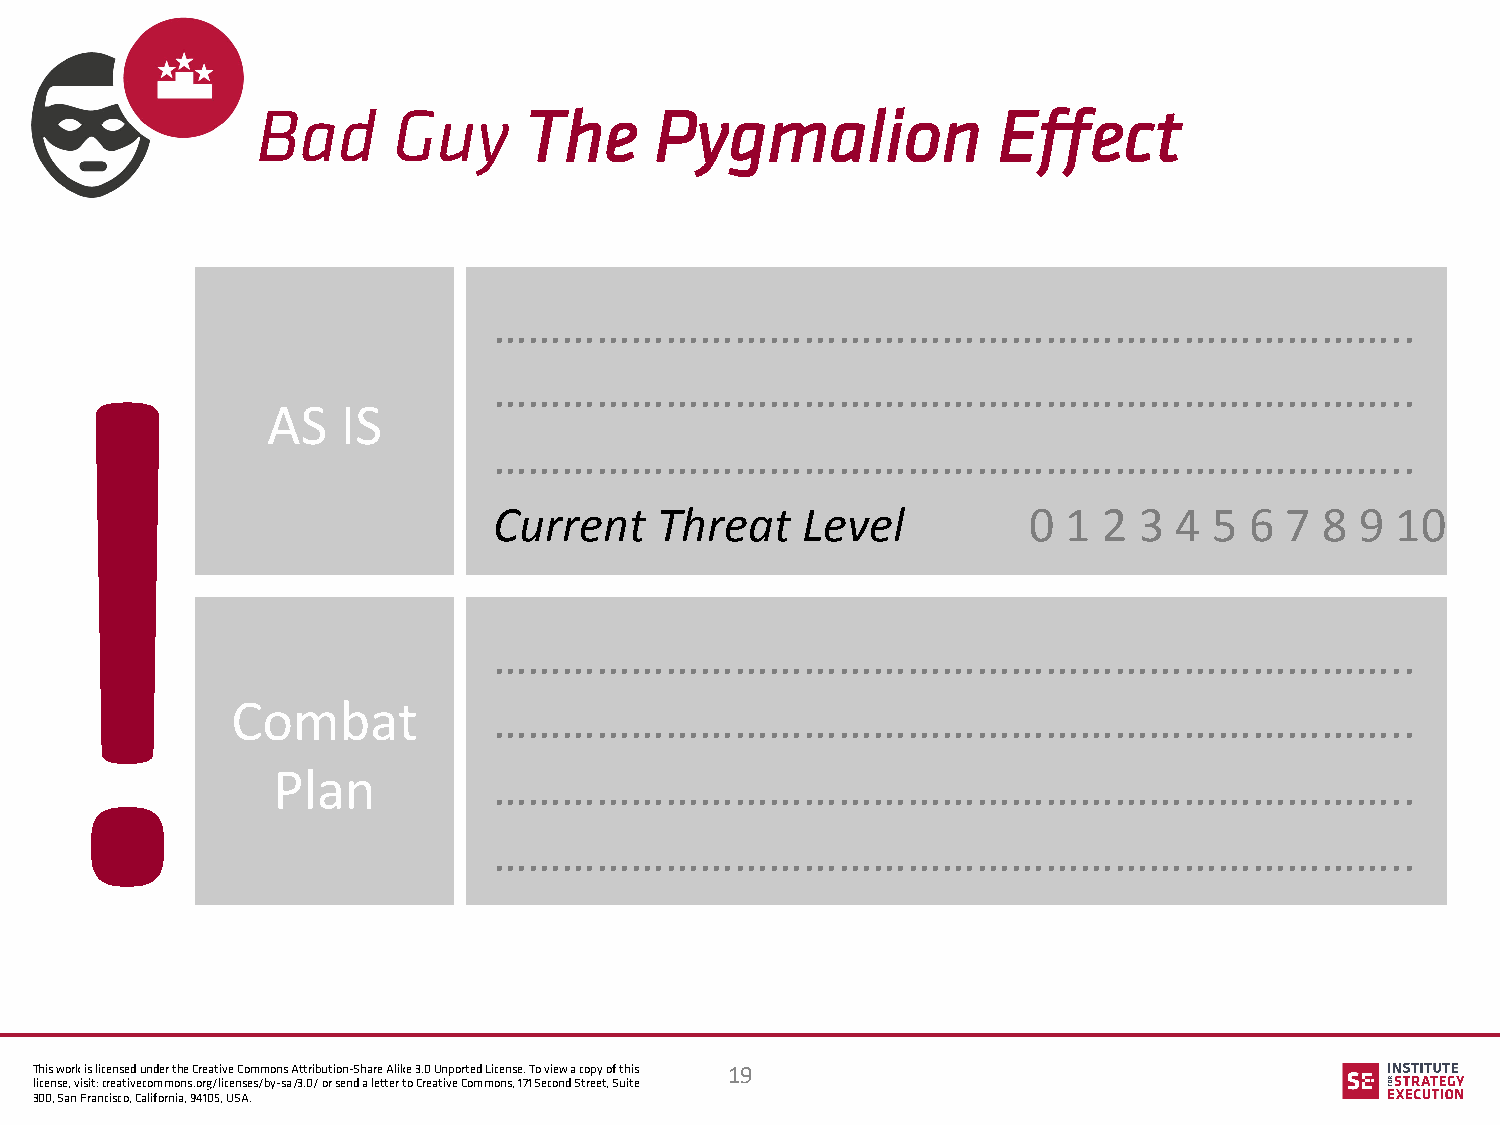
Bad      Guy      The     Pygmalion              Effect
 ……………………………………………………………………..
 !
 ……………………………………………………………………..
 AS   IS
 ……………………………………………………………………..
 Current    Threat   Level          0  1 2 3  4 5  6 7  8 9 10
 ……………………………………………………………………..
 Combat            ……………………………………………………………………..
 Plan           ……………………………………………………………………..
 ……………………………………………………………………..
 This work is licensed under the Creative Commons Attribution-Share Alike 3.0 Unported License. To view a copy of this 19
 license, visit: creativecommons.org/licenses/by-sa/3.0/ or send a letter to Creative Commons, 171 Second Street, Suite
 300, San Francisco, California, 94105, USA.